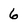
Character: 6